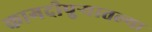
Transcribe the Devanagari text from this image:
कागदीपुर्‍यातल्या